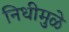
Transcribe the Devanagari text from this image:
निधीमुळे